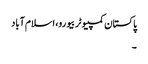
پاکستان کمپیوٹر بیورو، اسلام آباد
۔